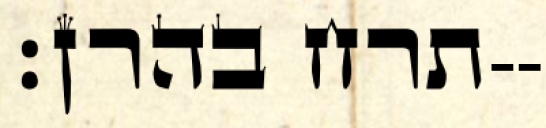
תרח בהרן׃--